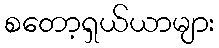
စတော့ရှယ်ယာများ